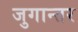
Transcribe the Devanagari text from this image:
जुगान्तर